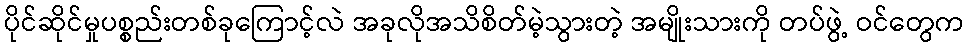
ပိုင်ဆိုင်မှုပစ္စည်းတစ်ခုကြောင့်လဲ အခုလိုအသိစိတ်မဲ့သွားတဲ့ အမျိုးသားကို တပ်ဖွဲ့ ဝင်တွေက